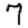
Digit: 7